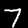
Digit: 7